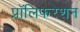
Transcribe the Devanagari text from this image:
प्रॉलिफरेशन